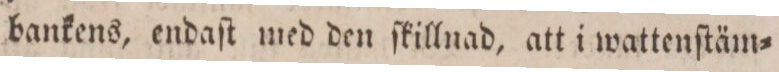
bankens, endaſt med den ſkillnad, att i wattenſtäm=